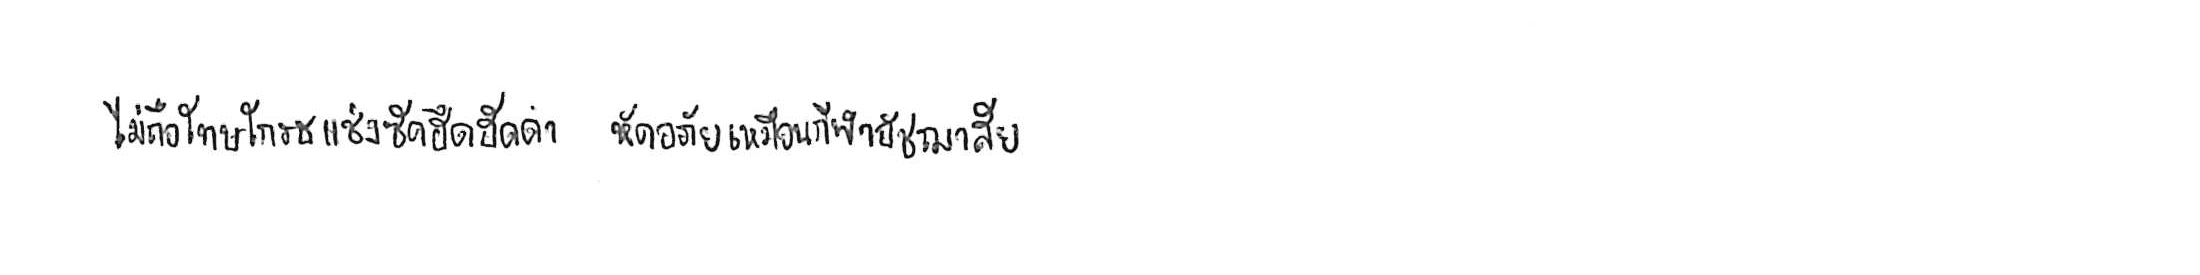
ไม่ถือโทษโกรธแช่งซัดฮึดฮัดด่า หัดอภัยเหมือนกีฬาอัชฌาสัย